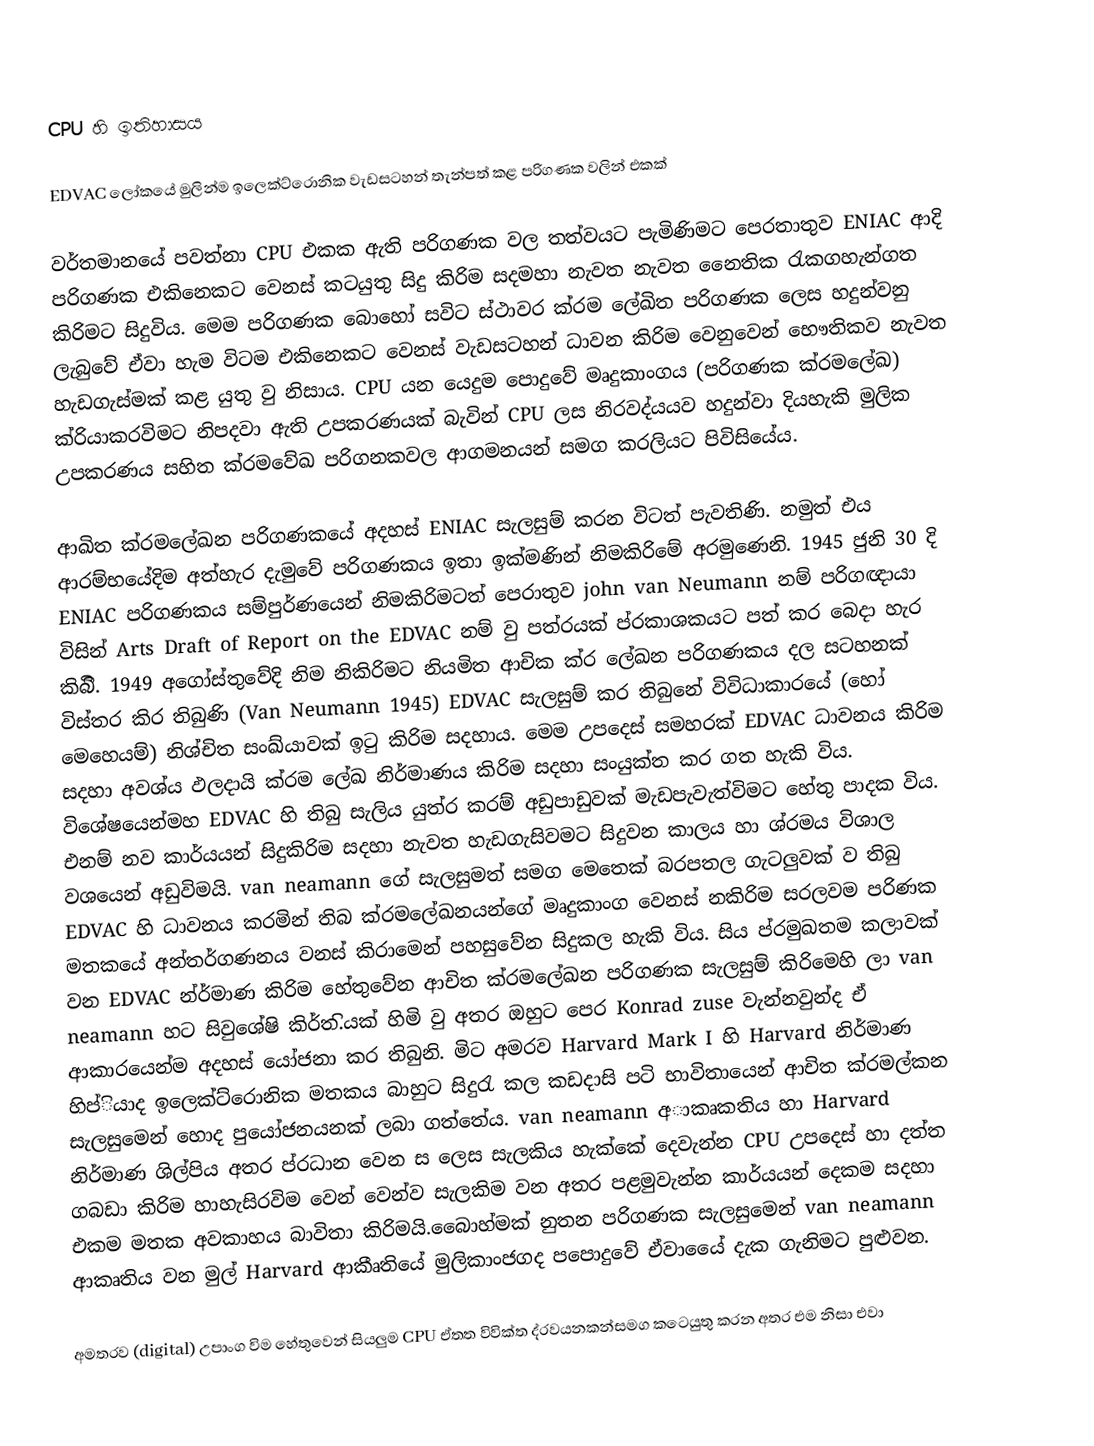
CPU හි ඉතිහාසය

EDVAC  ලෝකයේ මුලින්ම ඉලෙක්ට්රොනික වැඩසටහන් තැන්පත් කළ පරිගණක වලින් එකක්

	වර්තමානයේ පවත්නා CPU එකක ඇති පරිගණක වල තත්වයට පැමිණිමට පෙරතාතුව ENIAC  ආදි පරිගණක එකිනෙකට වෙනස් කටයුතු සිදු කිරිම සදමහා නැවත නැවත නෛතික රැකගහැන්ගත කිරිමට සිදුවිය. මෙම පරිගණක බොහෝ සවිට ස්ථාවර ක්රම ලේඛිත පරිගණක ලෙස හදුන්වනු ලැබුවේ ඒවා හැම විටම එකිනෙකට වෙනස් වැඩසටහන් ධාවන කිරිම වෙනුවෙන් භෞතිකව නැවත හැඩගැස්මක් කළ යුතු වු නිසාය. CPU  යන යෙදුම පොදුවේ මෘදුකාංගය (පරිගණක ක්රමලේඛ) ක්රියාකරවිමට නිපදවා ඇති උපකරණයක් බැවින් CPU  ලස නිරවද්යයව හදුන්වා දියහැකි මුලික උපකරණය සහිත ක්රමවේඛ පරිගනකවල ආගමනයන් සමග කරලියට පිවිසියේය.

ආඛිත ක්රමලේඛන පරිගණකයේ අදහස් ENIAC සැලසුම් කරන විටත් පැවතිණි. නමුත් එය ආරම්භයේදිම අත්හැර දැමුවේ පරිගණකය ඉතා ඉක්මණින් නිමකිරිමේ අරමුණෙනි. 1945 ජුනි 30 දි  ENIAC  පරිගණකය සම්පුර්ණයෙන් නිමකිරිමටත් පෙරාතුව john van Neumann නම් පරිගඥායා විසින්  Arts Draft of Report on the EDVAC නම් වු පත්රයක් ප්රකාශකයට පත් කර බෙදා හැර කිබිි. 1949 අගෝස්තුවේදි නිම නිකිරිමට නියමිත ආචික ක්ර ලේඛන පරිගණකය දල සටහනක් විස්තර කිර තිබුණි  (Van Neumann 1945)   EDVAC  සැලසුම් කර තිබුනේ විවිධාකාරයේ (හෝ මෙහෙයම්) නිශ්චිත සංඛ්යාවක් ඉටු කිරිම සදහාය. මෙම උපදෙස් සමහරක් EDVAC ධාවනය කිරිම සදහා අවශ්ය ඵලදායි ක්රම ලේඛ නිර්මාණය කිරිම සදහා සංයුක්ත කර ගත හැකි විය. විශේෂයෙන්මහ  EDVAC හි තිබු සැලිය යුත්ර කරම් අඩුපාඩුවක් මැඩපැවැත්විමට හේතු පාදක විය. එනම් නව කාර්යයන් සිදුකිරිම සදහා නැවත හැඩගැසිවමට සිදුවන කාලය හා ශ්රමය විශාල වශයෙන් අඩුවිමයි. van neamann  ගේ සැලසුමත් සමග මෙතෙක් බරපතල ගැටලුවක් ව තිබු EDVAC  හි ධාවනය කරමින් තිබ ක්රමලේඛනයන්ගේ මෘදුකාංග වෙනස් නකිරිම සරලවම පරිණක මතකයේ අන්තර්ගණනය වනස් කිරාමෙන් පහසුවේන සිදුකල හැකි විය. සිය ප්රමුඛතම කලාවක් වන EDVAC න්ර්මාණ කිරිම හේතුවේන ආචිත ක්රමලේඛන පරිගණක සැලසුම් කිරිමෙහි ලා van neamann හට සිවුශේෂි කිර්ත.ියක් හිමි වු අතර ඔහුට පෙර  Konrad zuse  වැන්නවුන්ද ඒ ආකාරයෙන්ම අදහස් යෝජනා කර තිබුනි. මිට අමරව Harvard Mark I හි  Harvard නිර්මාණ හිප්ියාද ඉලෙක්ට්රොනික මතකය බාහුට සිදුරැ කල කඩදාසි පටි භාවිතායෙන් ආචිත ක්රමල්කන සැලසුමෙන් හොද පුයෝජනයනක් ලබා ගත්තේය.  van neamann අාකෘකතිය හා Harvard නිර්මාණ ශිල්පිය අතර ප්රධාන වෙන ස ලෙස සැලකිය හැක්කේ දෙවැන්න CPU  උපදෙස් හා දත්ත ගබඩා කිරිම හාහැසිරවිම වෙන් වෙන්ව සැලකිම වන අතර පළමුවැන්න කාර්යයන් දෙකම සදහා එකම මතක අවකාහය බාවිතා කිරිමයි.බෛාහ්මක් නුතන පරිගණක සැලසුමෙන් van neamann ආකෘතිය වන මුල්  Harvard  ආකීෘතියේ මුලිකාංජගද පපොදුවේ ඒවායෛ් දැක ගැනිමට පුළුවන.

අමතරව (digital)  උපාංග විම හේතුවෙන් සියලුම CPU ඒතත විවික්ත ද්රවයනකන්සමග කටෙයුතු කරන අතර එම නිසා එවා